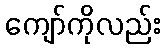
ကျော်ကိုလည်း